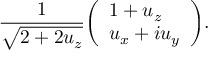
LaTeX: { \frac { 1 } { \sqrt { 2 + 2 u _ { z } } } } { \left( \begin{array} { l } { 1 + u _ { z } } \\ { u _ { x } + i u _ { y } } \end{array} \right) } .